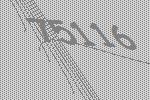
75116